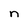
Character: n